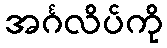
အင်္ဂလိပ်ကို